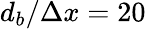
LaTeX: d_{b}/\Delta x=20